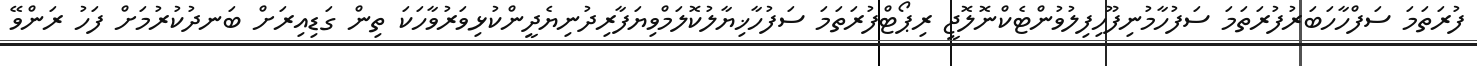
ފުރަތަމަ ސަފްހާހަބަރުފުރަތަމަ ސަފުހާމުނިފޫހިފިލުވުންޓެކްނޮލޮޖީ ރިޕޯޓްފުރަތަމަ ސަފުހާޚިޔާލުކޮލަމްވިޔަފާރިދުނިޔެދީންކުޅިވަރުވާހަކަ ތިން ގަޑިއިރަށް ބަނދުކުރުމަށް ފަހު ރަންވޭ